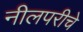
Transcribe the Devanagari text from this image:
नीलपरीचे